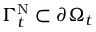
\Gamma _ { t } ^ { \mathrm { N } } \subset \partial \Omega _ { t }